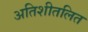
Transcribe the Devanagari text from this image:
अतिशीतलित